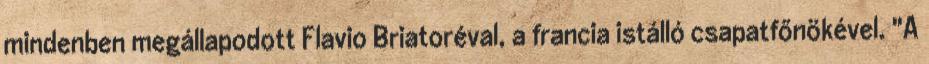
mindenben megállapodott Flavio Briatoréval, a francia istálló csapatfőnökével. "A